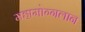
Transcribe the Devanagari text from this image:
महामोग्गलान